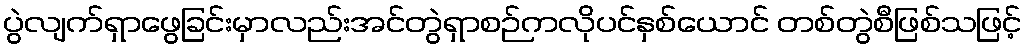
ပွဲလျက်ရှာဖွေခြင်းမှာလည်းအင်တွဲရှာစဉ်ကလိုပင်နှစ်ယောင် တစ်တွဲစီဖြစ်သဖြင့်